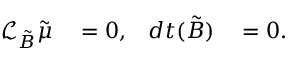
\begin{array} { r l r l } { \mathcal { L } _ { { \tilde { B } } } { \tilde { \mu } } } & { { } = 0 , } & { d t ( { \tilde { B } } ) } & { { } = 0 . } \end{array}